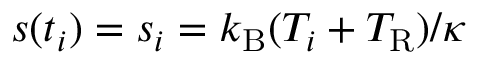
s ( t _ { i } ) = s _ { i } = k _ { \mathrm { B } } ( T _ { i } + T _ { \mathrm { R } } ) / \kappa